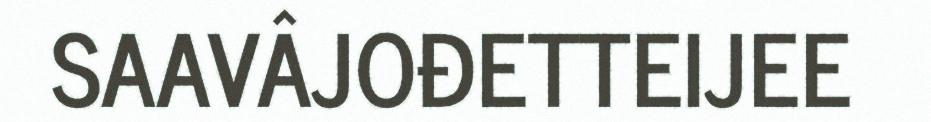
SAAVÂJOĐETTEIJEE